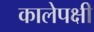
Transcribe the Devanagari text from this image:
कालेपक्षी